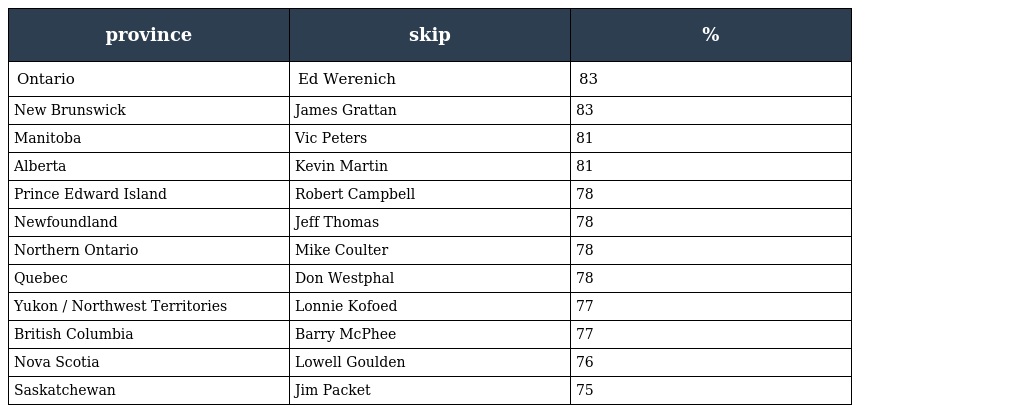
| province | skip | % |
 | --- | --- | --- |
 | Ontario | Ed Werenich | 83 |
 | New Brunswick | James Grattan | 83 |
 | Manitoba | Vic Peters | 81 |
 | Alberta | Kevin Martin | 81 |
 | Prince Edward Island | Robert Campbell | 78 |
 | Newfoundland | Jeff Thomas | 78 |
 | Northern Ontario | Mike Coulter | 78 |
 | Quebec | Don Westphal | 78 |
 | Yukon / Northwest Territories | Lonnie Kofoed | 77 |
 | British Columbia | Barry McPhee | 77 |
 | Nova Scotia | Lowell Goulden | 76 |
 | Saskatchewan | Jim Packet | 75 |